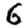
Digit: 6